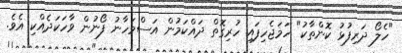
"ހެލޯ ދަރިފުޅު ކޮންތާކު" ހަމަޖެހިފައި ހުރިގޮތް ދައްކަމުން އަސްމަހާނު ފޯނުން ވާހަކަދެއްކި އެވެ.